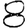
Digit: 8